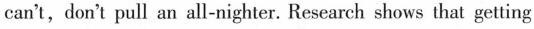
can't,don't pull an all-nighter. Research shows that getting